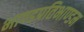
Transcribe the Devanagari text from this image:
भाण्डप्रतिभाण्डम